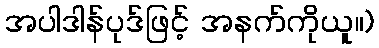
အပါဒါန်ပုဒ်ဖြင့် အနက်ကိုယူ။)